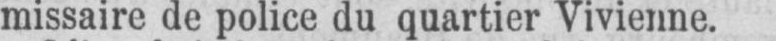
missaire de police du quartier Vivienne.